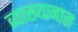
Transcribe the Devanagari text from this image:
व्याख्यानास